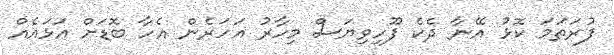
ފުރަތަމަ ކޮޅު އޭނާ ދެކެ ފޫހިވިޔަސް މިހާރު އަހަރެން އެހާ ބޮޑަށް އަޅައެއް